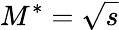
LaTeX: M^{*}=\sqrt{s}